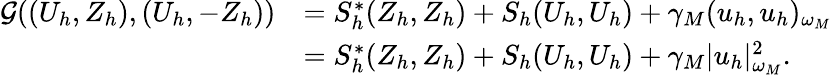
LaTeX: \begin{array}{rl}{\mathcal{G}((U_{h},Z_{h}),(U_{h},-Z_{h}))}&{=S_{h}^{\ast}(Z_{h},Z_{h})+S_{h}(U_{h},U_{h})+\gamma_{M}({u}_{h},{u}_{h})_{\omega_{M}}}\\ &{=S_{h}^{\ast}(Z_{h},Z_{h})+S_{h}(U_{h},U_{h})+\gamma_{M}|{u}_{h}|_{\omega_{M}}^{2}.}\end{array}